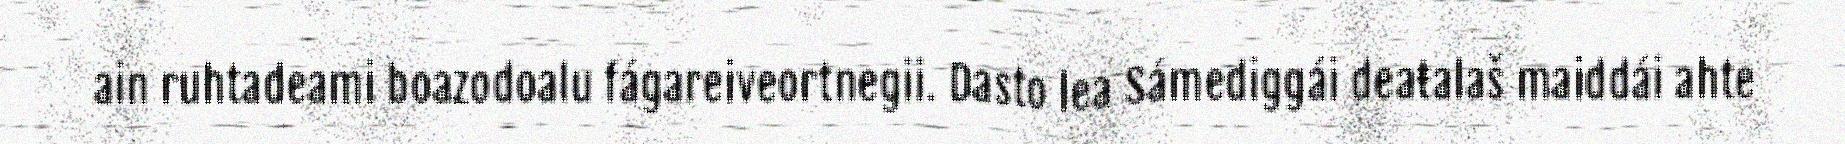
ain ruhtadeami boazodoalu fágareiveortnegii. Dasto lea Sámediggái deaŧalaš maiddái ahte